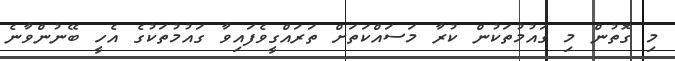
މި ގޮތުން މި ގައުމުތަކުން ކުރާ މަސައްކަތަށް ތަރައްގީވެފައިވާ ގައުމުތަކުގެ އެހީ ބޭނުންވާނެ